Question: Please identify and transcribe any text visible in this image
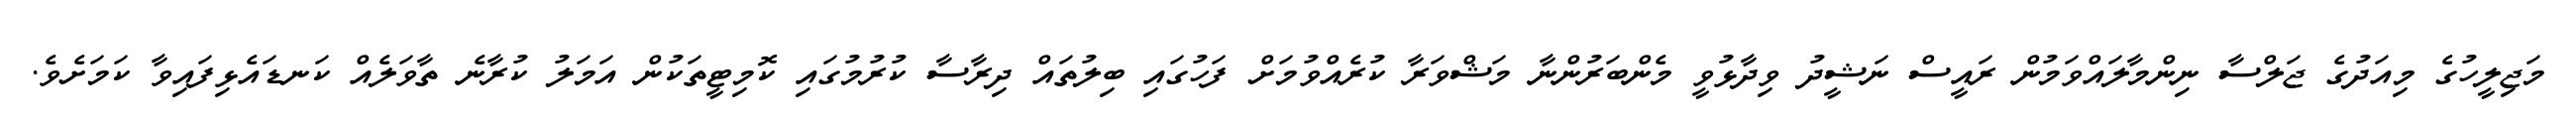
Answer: މަޖިލީހުގެ މިއަދުގެ ޖަލްސާ ނިންމާލައްވަމުން ރައީސް ނަޝީދު ވިދާޅުވީ މެންބަރުންނާ މަޝްވަރާ ކުރެއްވުމަށް ފަހުގައި ބިލުތައް ދިރާސާ ކުރުމުގައި ކޮމިޓީތަކުން އަމަލު ކުރާނެ ތާވަލެއް ކަނޑައެޅިފައިވާ ކަމަށެވެ.